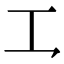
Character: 𪛜